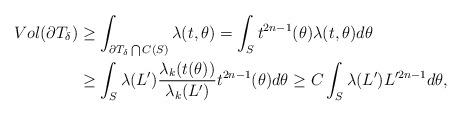
LaTeX: \begin{align*} Vol(\partial T_{\delta})&\geq\int_{\partial T_{\delta}\bigcap C(S)}\lambda(t,\theta)=\int_{S}t^{2n-1}(\theta)\lambda(t,\theta)d\theta\\&\geq\int_{S}\lambda(L')\frac{\lambda_{k}(t(\theta))}{\lambda_{k}(L')}t^{2n-1}(\theta)d\theta\geq C\int_{S}\lambda(L')L'^{2n-1}d\theta,\end{align*}